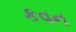
કવન